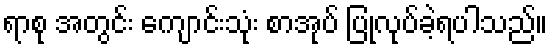
ရာစု အတွင်း ကျောင်းသုံး စာအုပ် ပြုလုပ်ခဲ့ရပါသည်။